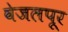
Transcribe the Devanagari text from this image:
वेजलपूर